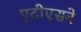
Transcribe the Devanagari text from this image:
एटीएसने